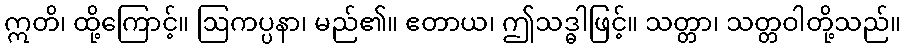
ဣတိ၊ ထို့ကြောင့်။ ဩကပ္ပနာ၊ မည်၏။ ဧတာယ၊ ဤသဒ္ဓါဖြင့်။ သတ္တာ၊ သတ္တဝါတို့သည်။